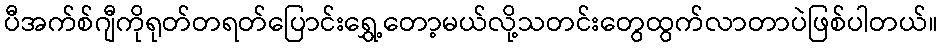
ပီအက်စ်ဂျီကိုရုတ်တရတ်ပြောင်းရွှေ့တော့မယ်လို့သတင်းတွေထွက်လာတာပဲဖြစ်ပါတယ်။